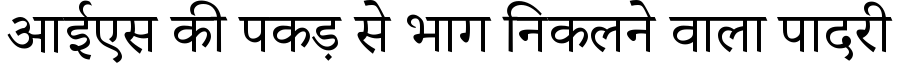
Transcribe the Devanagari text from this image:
आईएस की पकड़ से भाग निकलने वाला पादरी